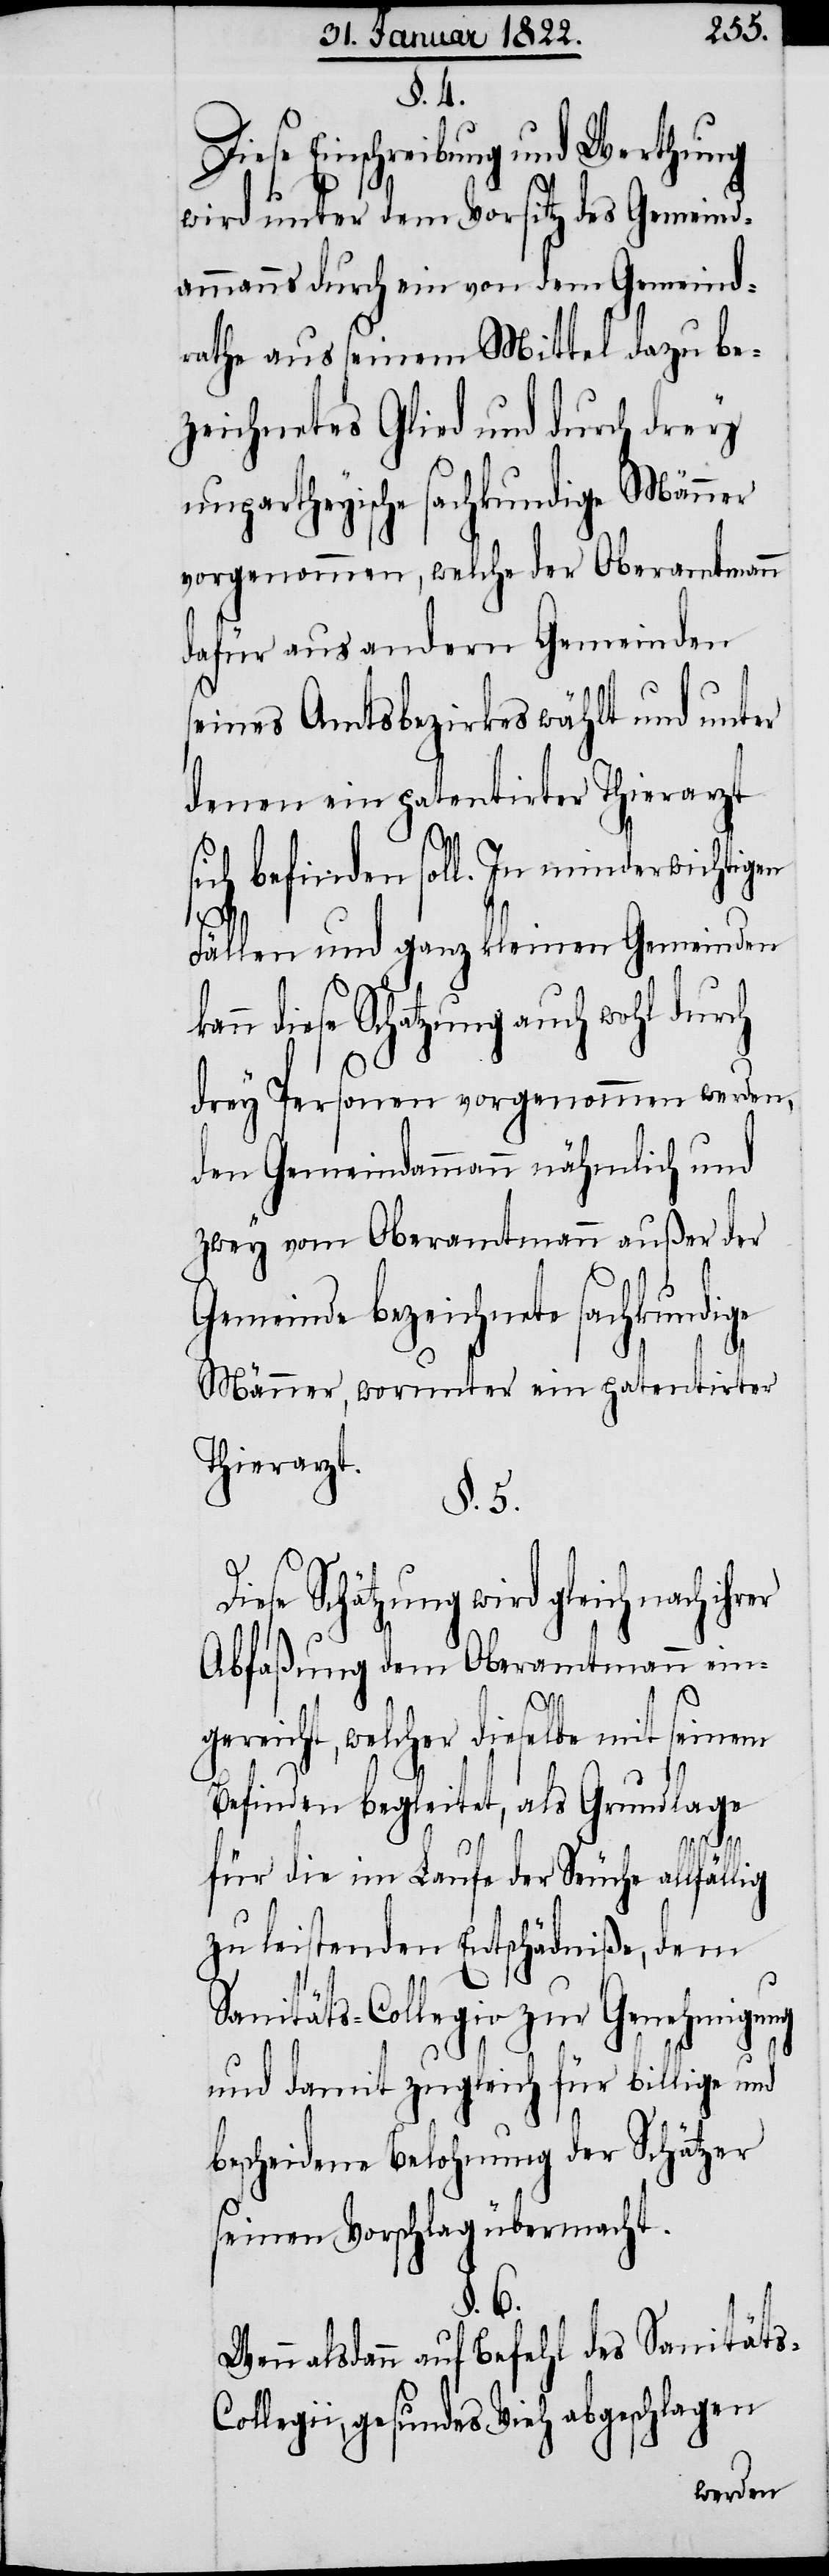
§. 4.
Diese Einschreibung und Werthung
wird unter dem Vorsitz des Gemeind¬
ammanns durch ein von dem Gemeind¬
rathe aus seinem Mittel dazu be¬
zeichnetes Glied und durch drey
unpartheyische sachkundige Männer
vorgenommen, welche der Oberamtmann
dafür aus andern Gemeinden
seines Amtsbezirkes wählt und unter
denen ein patentirter Thierarzt
sich befinden soll. In minderwichtigen
s-Col¬
Fällen und ganz kleinen Gemeinden
n diese Schatzung auch wohl durch
drey Personen vorgenommen werden,
den Gemeindammann, nähmlich und
zwey vom Oberamtmann außer der
Gemeinde bezeichnete sachkundige
Männer, worunter ein patentirter
Thierarzt.
§. 5.
se Schätzung wird gleich nach
Abfaßung dem Oberamtmann ein¬
gereicht, welcher dieselbe mit seinem
Befinden begleitet, als Grundlage
für die im Laufe der Seuche allfäl¬
zu leistenden Entschädniße, dem
Sanitäts-Collegio zur Genehmigung
und damit zugleich für billige und
bescheidene Belohnung der Schätzer
seinen Vorschlag übermacht.
§. 6.
Wenn alsdann auf Befehl des Sanität¬
legii, gesundes Vieh abgeschlagen